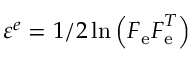
\boldsymbol { \varepsilon } ^ { e } = 1 / 2 \ln \left( \boldsymbol { F } _ { \mathrm { e } } \boldsymbol { F } _ { \mathrm { e } } ^ { T } \right)